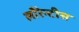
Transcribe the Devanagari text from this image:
लौरेन्टीस